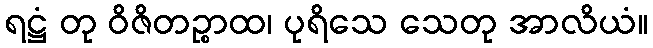
ရဋ္ဌံ တု ဝိဇိတဉ္စာထ၊ ပုရိသေ သေတု အာလိယံ။